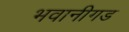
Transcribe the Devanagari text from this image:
भवानीगड